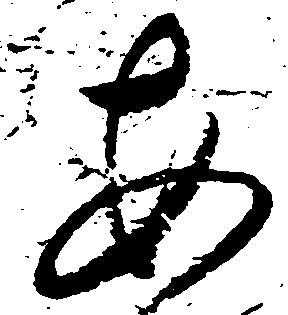
安